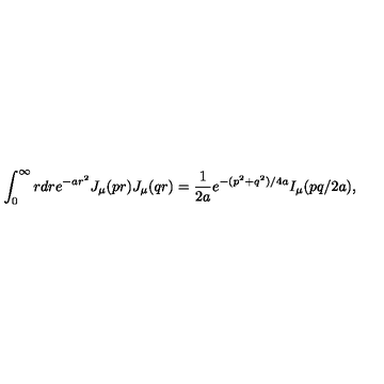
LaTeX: \int _ { 0 } ^ { \infty } { r d r } e ^ { - a r ^ { 2 } } J _ { \mu } ( p r ) J _ { \mu } ( q r ) = { \frac { 1 } { 2 a } } e ^ { - ( p ^ { 2 } + q ^ { 2 } ) / 4 a } I _ { \mu } ( p q / 2 a ) ,